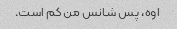
اوه، پس شانس من کم است.